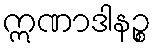
ဣဏာဒါနဉ္စ